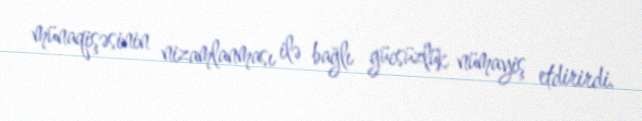
münaqişəsinin nizamlanması ilə bağlı gücsüzlük nümayiş etdirirdi.